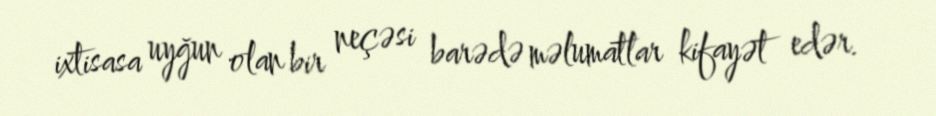
ixtisasa uyğun olan bir neçəsi barədə məlumatlar kifayət edər.